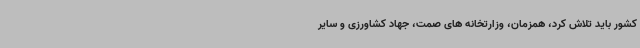
کشور باید تلاش کرد، همزمان، وزارتخانه های صمت، جهاد کشاورزی و سایر